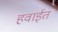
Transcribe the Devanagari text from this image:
हवाईत